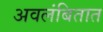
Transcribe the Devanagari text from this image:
अवलंबितात